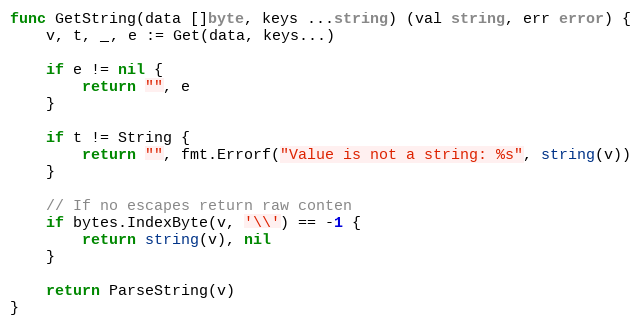
Language: Go
func GetString(data []byte, keys ...string) (val string, err error) {
	v, t, _, e := Get(data, keys...)

	if e != nil {
		return "", e
	}

	if t != String {
		return "", fmt.Errorf("Value is not a string: %s", string(v))
	}

	// If no escapes return raw conten
	if bytes.IndexByte(v, '\\') == -1 {
		return string(v), nil
	}

	return ParseString(v)
}